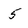
Character: 5